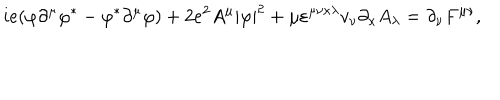
i e ( \varphi \partial ^ { \mu } \varphi ^ { \ast } - \varphi ^ { \ast } \partial ^ { \mu } \varphi ) + 2 e ^ { 2 } A ^ { \mu } | \varphi | ^ { 2 } + \mu \varepsilon ^ { \mu \nu \kappa \lambda } v _ { \nu } \partial _ { \kappa } A _ { \lambda } = \partial _ { \nu } F ^ { \mu \nu } ,